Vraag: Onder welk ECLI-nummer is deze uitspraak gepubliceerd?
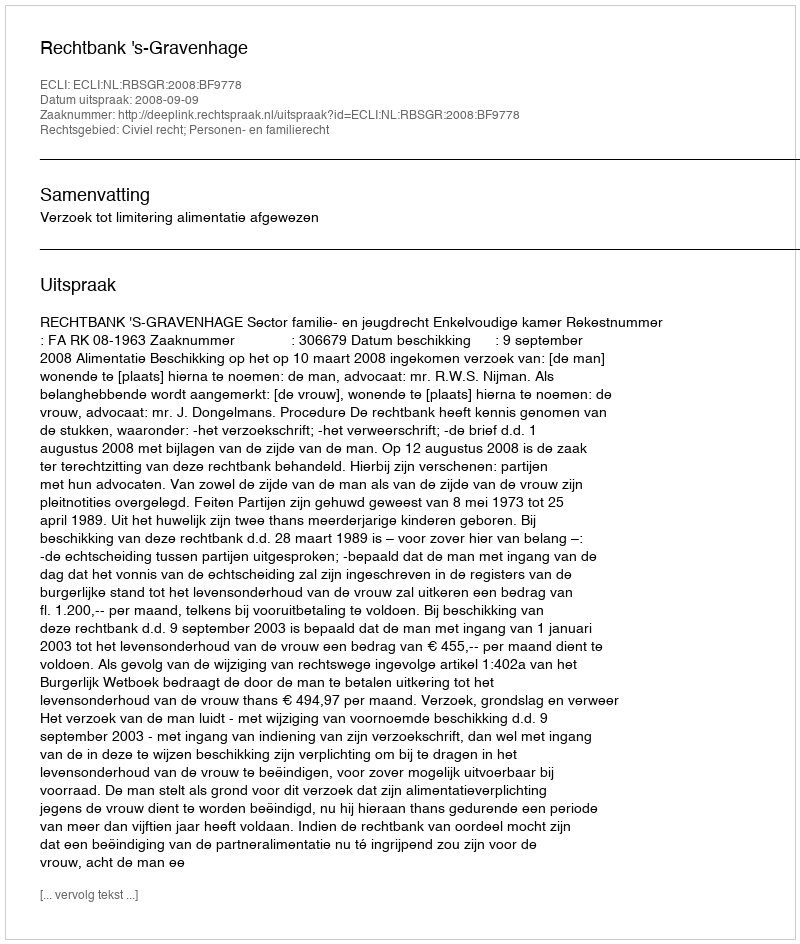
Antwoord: ECLI:NL:RBSGR:2008:BF9778